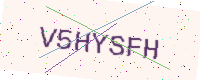
Text: V5HYSFH